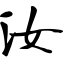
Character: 汝